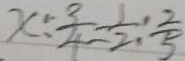
x : \frac { 3 } { 4 } = \frac { 1 } { 2 } : \frac { 2 } { 5 }